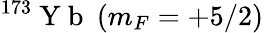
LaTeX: ^{173}\mathrm{~Y~b~}\: (m_{F}=+5/2)